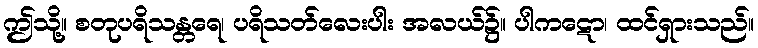
ဤသို့။ စတုပရိသန္တရေ၊ ပရိသတ်လေးပါး အလယ်၌။ ပါကဋော၊ ထင်ရှားသည်။